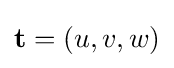
\mathbf {t} =(u,v,w)